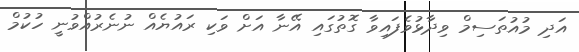
އަދި މުއުތަސިމް ވިދާޅުވެފައިވާ ގޮތުގައި އޭނާ އަށް ވަކި ރައުޔެއް ނުނެރުއްވުނީ ހުކުމް